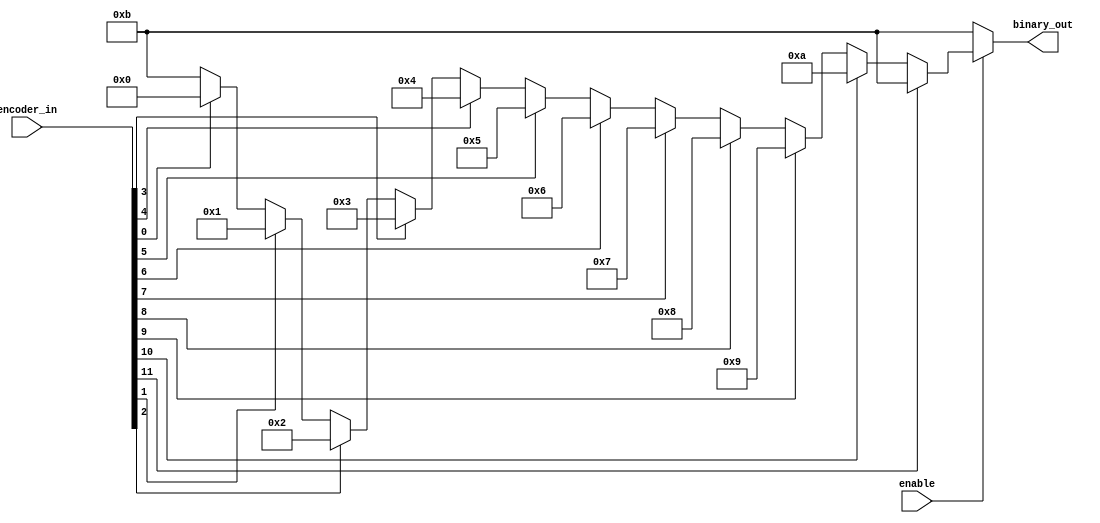
// // iverilog encoder1.v tbencoder1.v -o p1
//
//
//
// module pri_encoder_using_if (
//  binary_out , //  4 bit binary output
//  encoder_in , //  16-bit input
//   enable       //  Enable for the encoder
//  );
//  output [3:0] binary_out ;
//  input  enable ;
//  // input [15:0] encoder_in ;
//  input [9:0] encoder_in ;
//
//
//  reg [3:0] binary_out ;
//
//  // always @ (enable or encoder_in)
//  // begin
//  //   binary_out = 0;
//  //   if (enable) begin
//  //    if (encoder_in[0] == 1) begin
//  //     binary_out = 1;
//  //    end else if (encoder_in[1] == 1) begin
//  //     binary_out = 2;
//  //    end else if (encoder_in[2] == 1) begin
//  //     binary_out = 3;
//  //    end else if (encoder_in[3] == 1) begin
//  //     binary_out = 4;
//  //    end else if (encoder_in[4] == 1) begin
//  //     binary_out = 5;
//  //    end else if (encoder_in[5] == 1) begin
//  //     binary_out = 6;
//  //    end else if (encoder_in[6] == 1) begin
//  //     binary_out = 7;
//  //    end else if (encoder_in[7] == 1) begin
//  //    binary_out = 8;
//  //   end else if (encoder_in[8] == 1) begin
//  //    binary_out = 9;
//  //   end else if (encoder_in[9] == 1) begin
//  //    binary_out = 10;
//
//
//
//
//
//
//  always @ (enable or encoder_in)
//  begin
//    binary_out = 9;
//    if (enable) begin
//     if (encoder_in[9] == 1) begin
//      binary_out = 9;
//     end else if (encoder_in[8] == 1) begin
//      binary_out = 8;
//     end else if (encoder_in[7] == 1) begin
//      binary_out = 7;
//     end else if (encoder_in[6] == 1) begin
//      binary_out = 6;
//     end else if (encoder_in[5] == 1) begin
//      binary_out = 5;
//     end else if (encoder_in[4] == 1) begin
//      binary_out = 4;
//     end else if (encoder_in[3] == 1) begin
//      binary_out = 3;
//     end else if (encoder_in[2] == 1) begin
//     binary_out = 2;
//    end else if (encoder_in[1] == 1) begin
//     binary_out = 1;
//    end else if (encoder_in[0] == 1) begin
//     binary_out = 0;
//
//
//
//
//
//
//
//
//
//
//
//
//     // end else if (encoder_in[10] == 1) begin
//     //  binary_out = 11;
//     // end else if (encoder_in[11] == 1) begin
//     //  binary_out = 12;
//     // end else if (encoder_in[12] == 1) begin
//     //  binary_out = 13;
//     // end else if (encoder_in[13] == 1) begin
//     //  binary_out = 14;
//     // end else if (encoder_in[14] == 1) begin
//     //  binary_out = 15;
//      end
//     end
//   end
//
//   endmodule





//again for ouput bit set value



// iverilog encoder1.v tbencoder1.v -o p1



module pri_encoder_using_if (
 binary_out , //  4 bit binary output
 encoder_in , //  16-bit input
  enable       //  Enable for the encoder
 );
 output [3:0] binary_out ;
 input  enable ;
 // input [15:0] encoder_in ;
 input [11:0] encoder_in ;


 reg [3:0] binary_out ;






 always @ (enable or encoder_in)
 begin
   binary_out = 11;
   if (enable) begin
   if (encoder_in[11] == 1) begin
    binary_out = 11;
    end else if (encoder_in[10] == 1) begin
     binary_out = 10;
    end else if (encoder_in[9] == 1) begin
     binary_out = 9;
    end else if (encoder_in[8] == 1) begin
     binary_out = 8;
    end else if (encoder_in[7] == 1) begin
     binary_out = 7;
    end else if (encoder_in[6] == 1) begin
     binary_out = 6;
    end else if (encoder_in[5] == 1) begin
     binary_out = 5;
    end else if (encoder_in[4] == 1) begin
     binary_out = 4;
    end else if (encoder_in[3] == 1) begin
     binary_out = 3;
    end else if (encoder_in[2] == 1) begin
    binary_out = 2;
   end else if (encoder_in[1] == 1) begin
    binary_out = 1;
   end else if (encoder_in[0] == 1) begin
    binary_out = 0;


     end
    end
  end

  endmodule